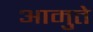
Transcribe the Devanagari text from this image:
आमुते